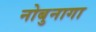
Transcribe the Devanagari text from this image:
नोबुनागा